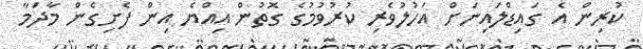
ކުރިން އެ ގައިޑްލައިނަށް އަހުލުވެރި ކުރުވުމުގެ ގޮތުން އިއްޔެ އިން ފެށިގެން މާދަމާ